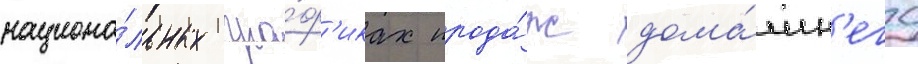
национа́льных гра́ф'иках прода́ж дома́шн'его